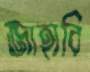
জাহাবি